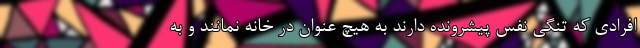
افرادی که تنگی نفس پیشرونده دارند به هیچ عنوان در خانه نمانند و به